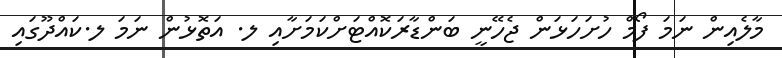
މާލެއިން ނަމަ ފޯމް ހުށަހަޅަން ޖެހޭނީ ބަންޑާރަކޮއްޓަށްކަމަށާއި ލ. އަތޮޅުން ނަމަ ލ.ކައްދޫގައި